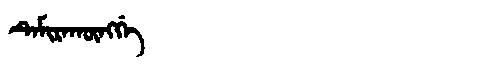
Manchu: ᡨᡝᠮᡳᡵᠠᡴᡡᠩᡤᡝ
Romanization: TEMIRAKŪNGGE